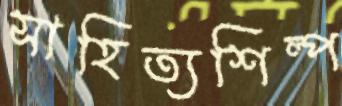
সাহিত্যশিল্প